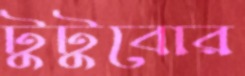
টুটুবোর